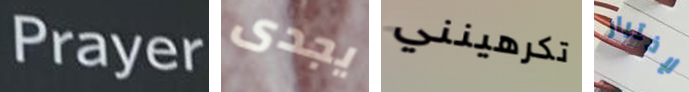
Prayer يجدى تكرهينني لإختيار